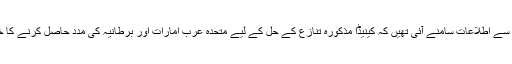
اس حوالے سے اطلاعات سامنے آئی تھیں کہ کینیڈا مذکورہ تنازع کے حل کے لیے متحدہ عرب امارات اور برطانیہ کی مدد حاصل کرنے کا خواہاں ہے۔